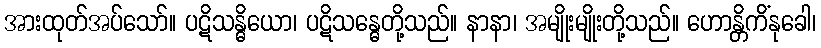
အားထုတ်အပ်သော်။ ပဋိသန္ဓိယော၊ ပဋိသန္ဓေတို့သည်။ နာနာ၊ အမျိုးမျိုးတို့သည်။ ဟောန္တိကိံနုခေါ၊